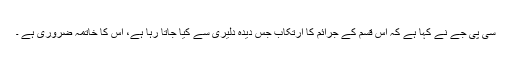
سی پی جے نے کہا ہے کہ اس قسم کے جرائم کا ارتکاب جس دیدہ دلیری سے کیا جاتا رہا ہے، اس کا خاتمہ ضروری ہے ۔